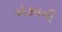
એકમની